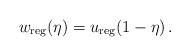
LaTeX: \begin{align*}w_{\rm reg}(\eta)=u_{\rm reg}(1-\eta)\,. \end{align*}